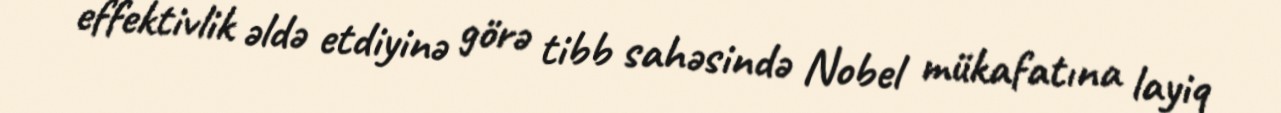
effektivlik əldə etdiyinə görə tibb sahəsində Nobel mükafatına layiq